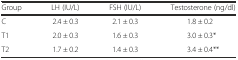
<table><thead><tr><td><b>Group</b></td><td><b>LH (IU/L)</b></td><td><b>FSH (IU/L)</b></td><td><b>Testosterone (ng/dl)</b></td></tr></thead><tbody><tr><td>C</td><td>2.4 ± 0.3</td><td>2.1 ± 0.3</td><td>1.8 ± 0.2</td></tr><tr><td>T1</td><td>2.0 ± 0.3</td><td>1.6 ± 0.3</td><td>3.0 ± 0.3*</td></tr><tr><td>T2</td><td>1.7 ± 0.2</td><td>1.4 ± 0.3</td><td>3.4 ± 0.4**</td></tr></tbody></table>